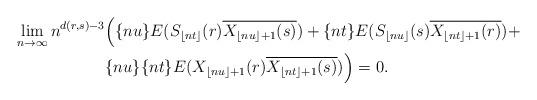
LaTeX: \begin{align*}\lim_{n \to \infty}n^{d(r,s)-3}&\Big(\{nu\}E(S_{\lfloor nt \rfloor}(r)\overline{X_{\lfloor nu \rfloor+1}(s)})+\{nt\}E(S_{\lfloor nu \rfloor}(s)\overline{X_{\lfloor nt \rfloor+1}(r)})+\\&\{nu\}\{nt\} E(X_{\lfloor nu \rfloor+1}(r)\overline{X_{\lfloor nt \rfloor+1}(s)})\Big)=0.\end{align*}